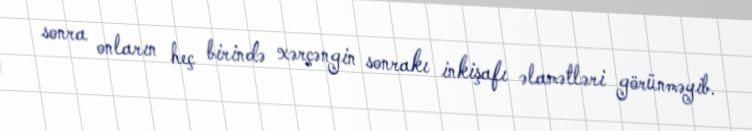
sonra onların heç birində xərçəngin sonrakı inkişafı əlamətləri görünməyib.